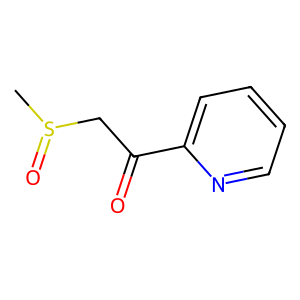
SMILES: CS(=O)CC(=O)c1ccccn1
Inhibits HIV replication: No